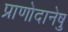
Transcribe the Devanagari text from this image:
प्राणोदानेषु